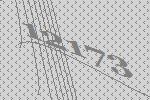
12173